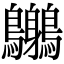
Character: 𪈨